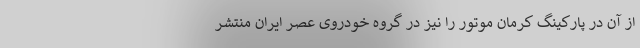
از آن در پارکینگ کرمان موتور را نیز در گروه خودروی عصر ایران منتشر